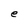
Character: e